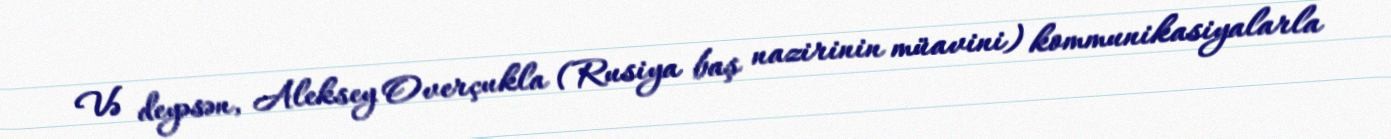
Və deyəsən, Aleksey Overçukla (Rusiya baş nazirinin müavini) kommunikasiyalarla